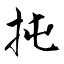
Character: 扽